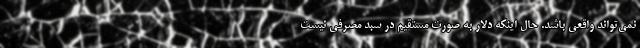
نمی‌تواند واقعی باشد. حال اینکه دلار به صورت مستقیم در سبد مصرفی نیست